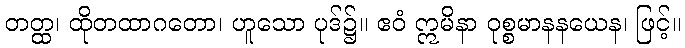
တတ္ထ၊ ထိုတထာဂတော၊ ဟူသော ပုဒ်၌။ ဧဝံ ဣမိနာ ဝုစ္စမာနနယေန၊ ဖြင့်။